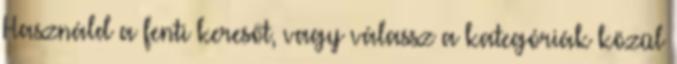
Használd a fenti keresőt, vagy válassz a kategóriák közül